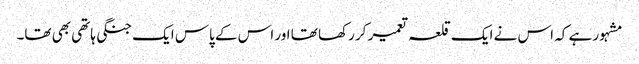
مشہور ہے کہ اس نے ایک قلعہ تعمیر کر رکھا تھا اور اس کے پاس ایک جنگی ہاتھی بھی تھا۔